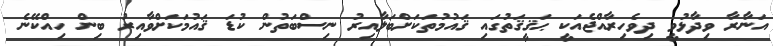
އަނާރާ ވިދާޅުވީ ދިވެހިރާއްޖެއަކީ ޙަޤީޤަތުގައި ޤައުމުތަކަށްބަލާއިރު ނިސްބަތުން ކުޑަ ޤައުމަކަށްވާއިރު ބިން ހިއްކޭނެ